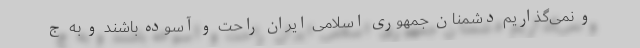
و نمی‌گذاریم دشمنان جمهوری اسلامی ایران راحت و آسوده باشند و به ج